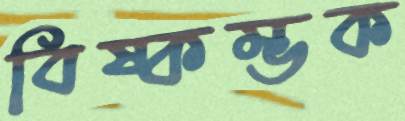
বিষ্কম্ভক